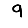
Digit: 9